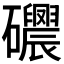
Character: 𥗰